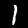
Digit: 1